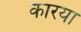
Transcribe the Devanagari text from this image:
कारया